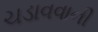
ચડાવવાની